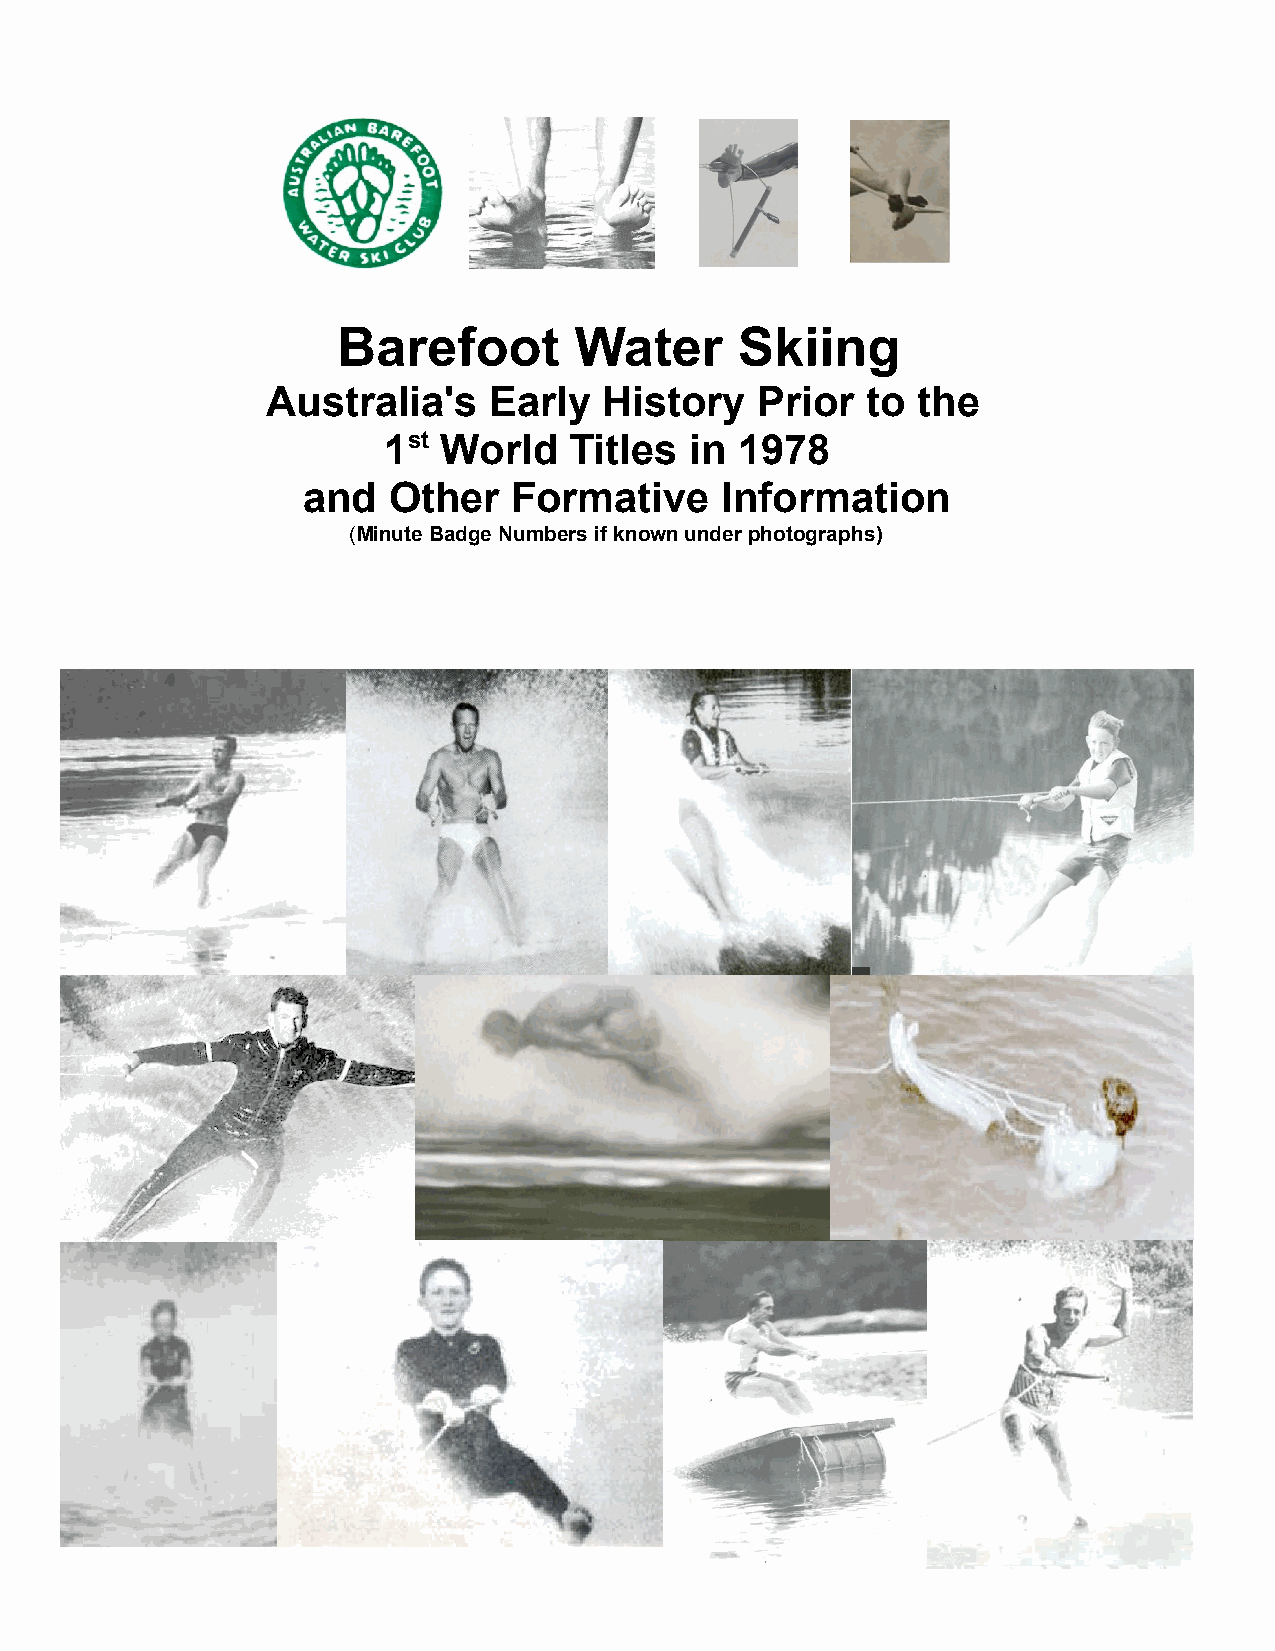
Betty Leighton
 1
 Mary
 Barefoot        Water      Skiing
 Australia's   Early   History   Prior  to  the
 1st World    Titles  in 1978
 and   Other   Formative     Information
 (Minute Badge Numbers if known under photographs)